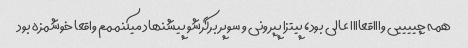
همه چییییی واااقعاااا عالی بود، پیتزا پپرونی و سوپر برگرشو پیشنهاد میکنممم واقعا خوشمزه بود